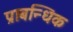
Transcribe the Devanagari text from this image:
प्राबन्धिक